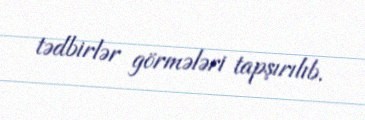
tədbirlər görmələri tapşırılıb.